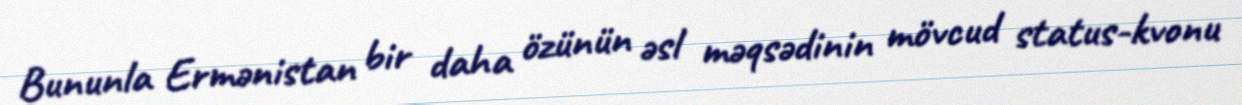
Bununla Ermənistan bir daha özünün əsl məqsədinin mövcud status-kvonu